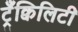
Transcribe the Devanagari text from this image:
ट्रँक्विलिटी